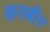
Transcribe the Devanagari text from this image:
करबीर